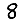
Digit: 8